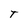
Character: t